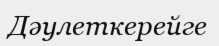
Дәулеткерейге